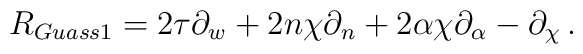
R_{Guass1}=  2\tau \partial_{w} + 2n\chi \partial_{n}+        2\alpha\chi\partial_{\alpha} - \partial_{\chi} \,.